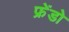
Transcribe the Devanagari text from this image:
फ्रेंडो